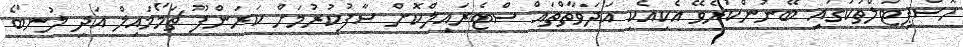
ހޮސްޕިޓަލްތަކުގައި ބޭނުންކުރެވޭ އެކިއެކި އަދަވާތްތައް ސްޓެރައިލްކޮށް ސާފުކުރުމަށް ކަރަންފޫ ޗަމޯމައިލް އަދި ލުނބޯ